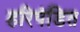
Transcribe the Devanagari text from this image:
हरिपंडित